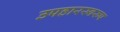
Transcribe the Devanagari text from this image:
उपहारस्वरुप